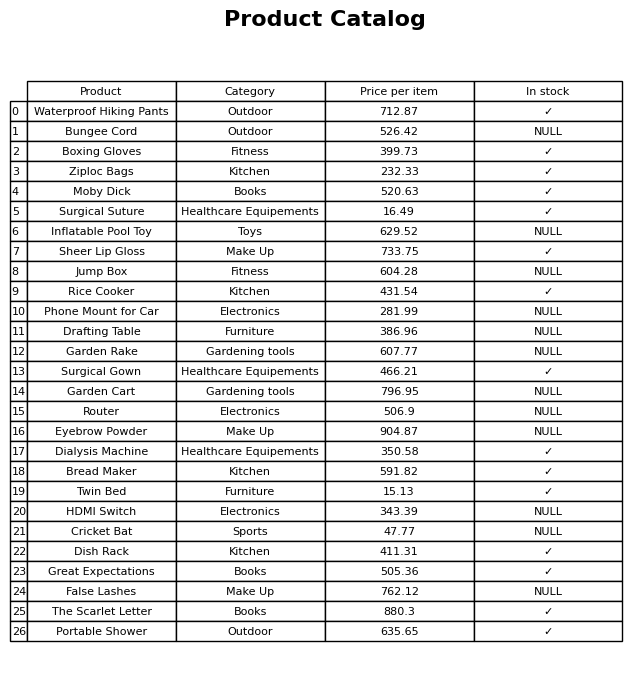
question: What is the price of the Bread Maker?
answer: The price of Bread Maker is 591.82.